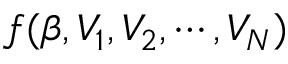
f ( \beta , V _ { 1 } , V _ { 2 } , \cdots , V _ { N } )